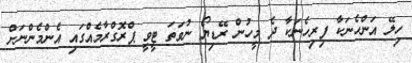
ހިލޭ އަންހެނަކާ ފިރިހެނަކާ ދެ މީހުން ރޭޑިޔޯ ނުވަތަ ޓީވީ ޕްރޮގްރާމެއްގައި އެންމެންނަށް